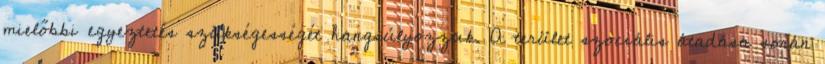
mielőbbi egyeztetés szükségességét hangsúlyozzuk. A terület szociális átadása során